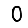
Digit: 0